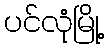
ပင်လုံမြို့